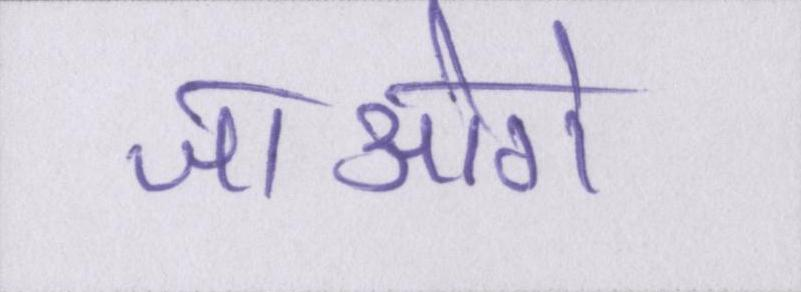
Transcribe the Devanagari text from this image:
जाओगे